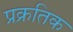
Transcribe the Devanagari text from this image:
प्रक्रतिक